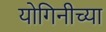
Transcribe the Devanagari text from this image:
योगिनीच्या